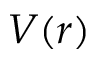
V ( r )